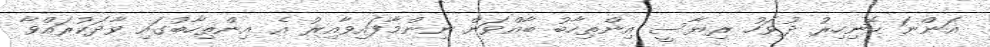
އަންނަ ހޮނިހިރު ދުވަހު ރިޔާސީ އިންތިހާބު ބާއްވަން ނިންމާފައިވާއިރު އެ އިންތިހާބުގައި ވާދަކުރައްވާ